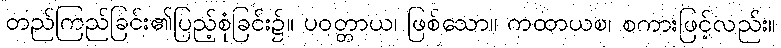
တည်ကြည်ခြင်း၏ပြည့်စုံခြင်း၌။ ပဝတ္တာယ၊ ဖြစ်သော။ ကထာယစ၊ စကားဖြင့်လည်း။